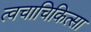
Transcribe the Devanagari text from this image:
त्वचाचिकित्सा